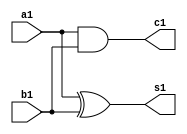
`timescale 1ns / 1ps
module half_adder(input a1,b1,output s1,c1);
assign s1=a1^b1;
assign c1=a1&b1;
endmodule

module fa_by_ha(input a,b,c,output sum,carry);
wire s,ca,c1;
half_adder ha1(a,b,s,ca);
half_adder ha2(c,s,sum,c1);
assign carry=ca|c1;
endmodule